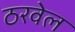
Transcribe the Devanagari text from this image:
ठरवेल